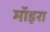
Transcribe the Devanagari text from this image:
मॉइरा